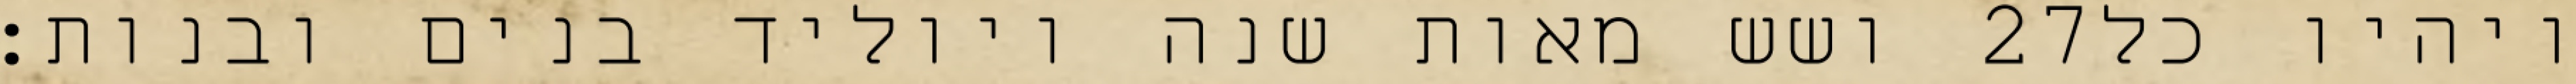
ושש מאות שנה ויוליד בנים ובנות׃ ‎27‏ ויהיו כל